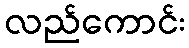
လည်ကောင်း